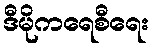
ဒီမိုကရေစီရေး